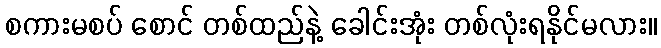
စကားမစပ် စောင် တစ်ထည်နဲ့ ခေါင်းအုံး တစ်လုံးရနိုင်မလား။